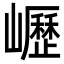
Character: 㠣